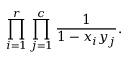
\prod _ { i = 1 } ^ { r } \prod _ { j = 1 } ^ { c } { \frac { 1 } { 1 - x _ { i } y _ { j } } } .